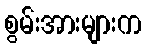
စွမ်းအားများက